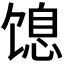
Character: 𬳋